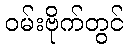
ဝမ်းဗိုက်တွင်